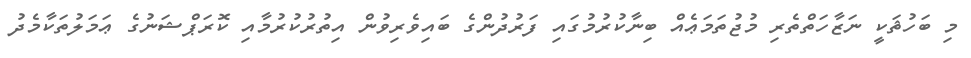
މި ބަހުޘަކީ ނަޒާހަތްތެރި މުޖުތަމަޢެއް ބިނާކުރުމުގައި ފަރުދުންގެ ބައިވެރިވުން އިތުރުކުރުމާއި ކޮރަޕްޝަނުގެ ޢަމަލުތަކާމެދު